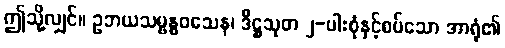
ဤသို့လျှင်။ ဥဘယသမ္ဗန္ဓဝသေန၊ ဒီဋ္ဌသုတ ၂-ပါးစုံနှင့်စပ်သော အာရုံ၏